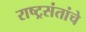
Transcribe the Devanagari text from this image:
राष्ट्रसंतांचे